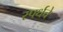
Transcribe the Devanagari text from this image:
स्पर्धचे